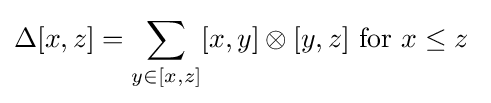
\Delta [x,z]=\sum _{y\in [x,z]}[x,y]\otimes [y,z]{\text{ for }}x\leq z\